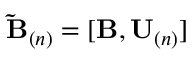
\mathbf { \tilde { B } } _ { ( n ) } = [ \mathbf { B } , \mathbf { U } _ { ( n ) } ]